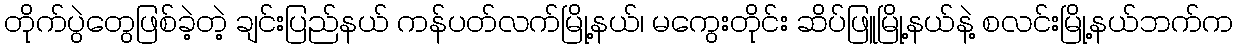
တိုက်ပွဲတွေဖြစ်ခဲ့တဲ့ ချင်းပြည်နယ် ကန်ပတ်လက်မြို့နယ်၊ မကွေးတိုင်း ဆိပ်ဖြူမြို့နယ်နဲ့ စလင်းမြို့နယ်ဘက်က